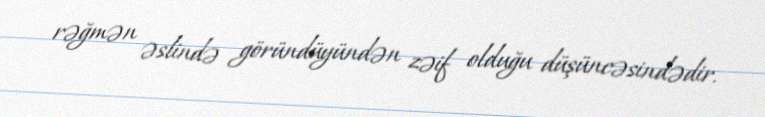
rəğmən əslində göründüyündən zəif olduğu düşüncəsindədir.